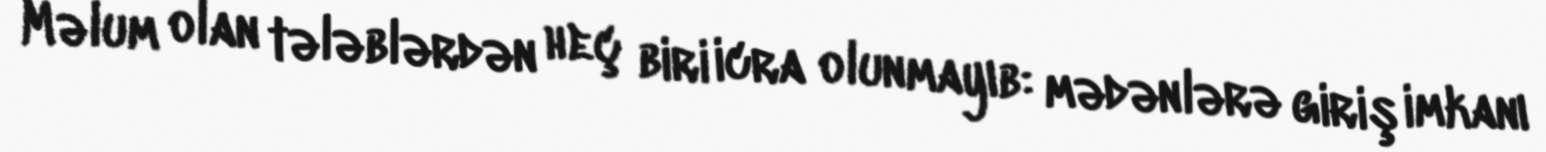
Məlum olan tələblərdən heç biri icra olunmayıb: mədənlərə giriş imkanı